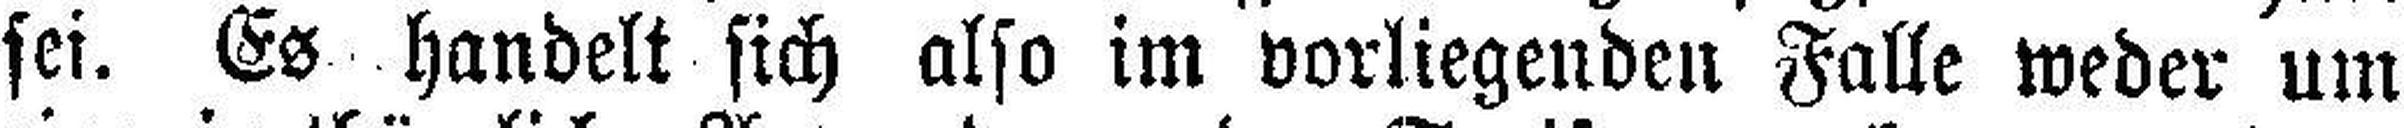
sei. Es handelt sich also im vorliegenden Falle weder um